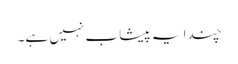
چندا یہ پیشاب نہیں ہے۔